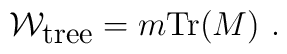
{\cal W}_{\mbox{\small tree}}=m{\mbox{Tr}} (M)~.